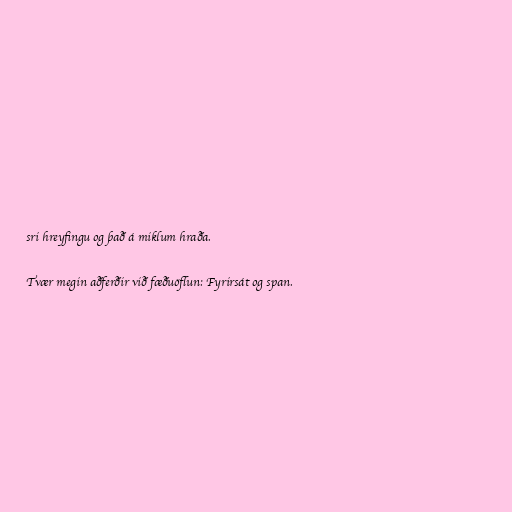
sri hreyfingu og það á miklum hraða.

Tvær megin aðferðir við fæðuöflun: Fyrirsát og span.